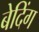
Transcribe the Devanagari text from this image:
बेदिंग